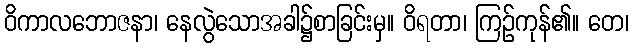
ဝိကာလဘောဇနာ၊ နေလွဲသောအခါ၌စာခြင်းမှ။ ဝိရတာ၊ ကြဉ်ကုန်၏။ တေ၊